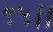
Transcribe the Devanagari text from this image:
९५।।